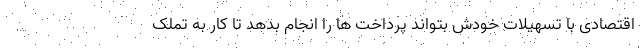
اقتصادی با تسهیلات خودش بتواند پرداخت ها را انجام بدهد تا کار به تملک